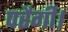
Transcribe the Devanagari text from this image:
परैगी।